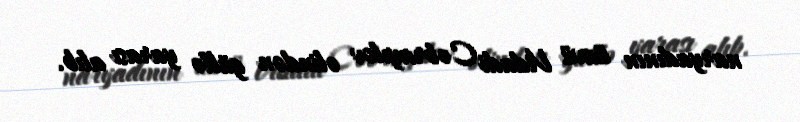
naryadının üzvü Vidadi Cəbrayılov əlindən güllə yarası alıb.